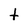
Character: t